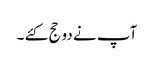
آپ نے دو حج کئے ۔